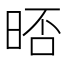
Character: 𣇊